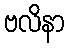
ဗလိနာ